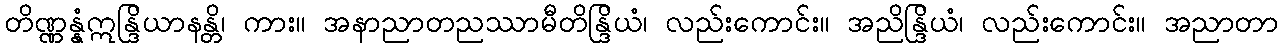
တိဏ္ဏန္နံဣန္ဒြိယာနန္တိ၊ ကား။ အနာညာတညဿာမီတိန္ဒြိယံ၊ လည်းကောင်း။ အညိန္ဒြိယံ၊ လည်းကောင်း။ အညာတာ